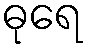
ဓုရေ